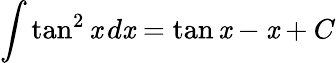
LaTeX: \int\tan^{2}\mathit{x}\, d\mathit{x}=\tan\mathit{x}-\mathit{x}+C